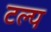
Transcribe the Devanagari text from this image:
टल्प